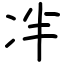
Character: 冸